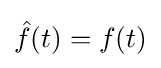
{\hat {f}}(t)=f(t)